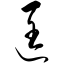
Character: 匡